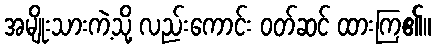
အမျိုးသားကဲ့သို့ လည်းကောင်း ဝတ်ဆင် ထားကြ၏။